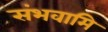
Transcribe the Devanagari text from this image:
संभवामि